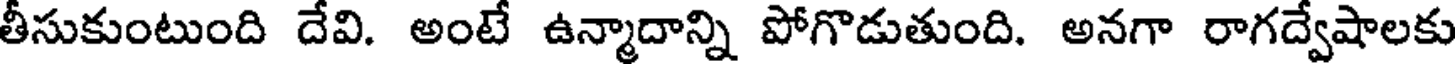
తీసుకుంటుంది దేవి. అంటే ఉన్మాదాన్ని పోగొడుతుంది. అనగా రాగద్వేషాలకు